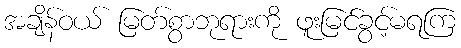
အချိန်ဝယ် မြတ်စွာဘုရားကို ဖူးမြင်ခွင့်မရကြ